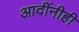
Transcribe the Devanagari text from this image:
आदींनीही